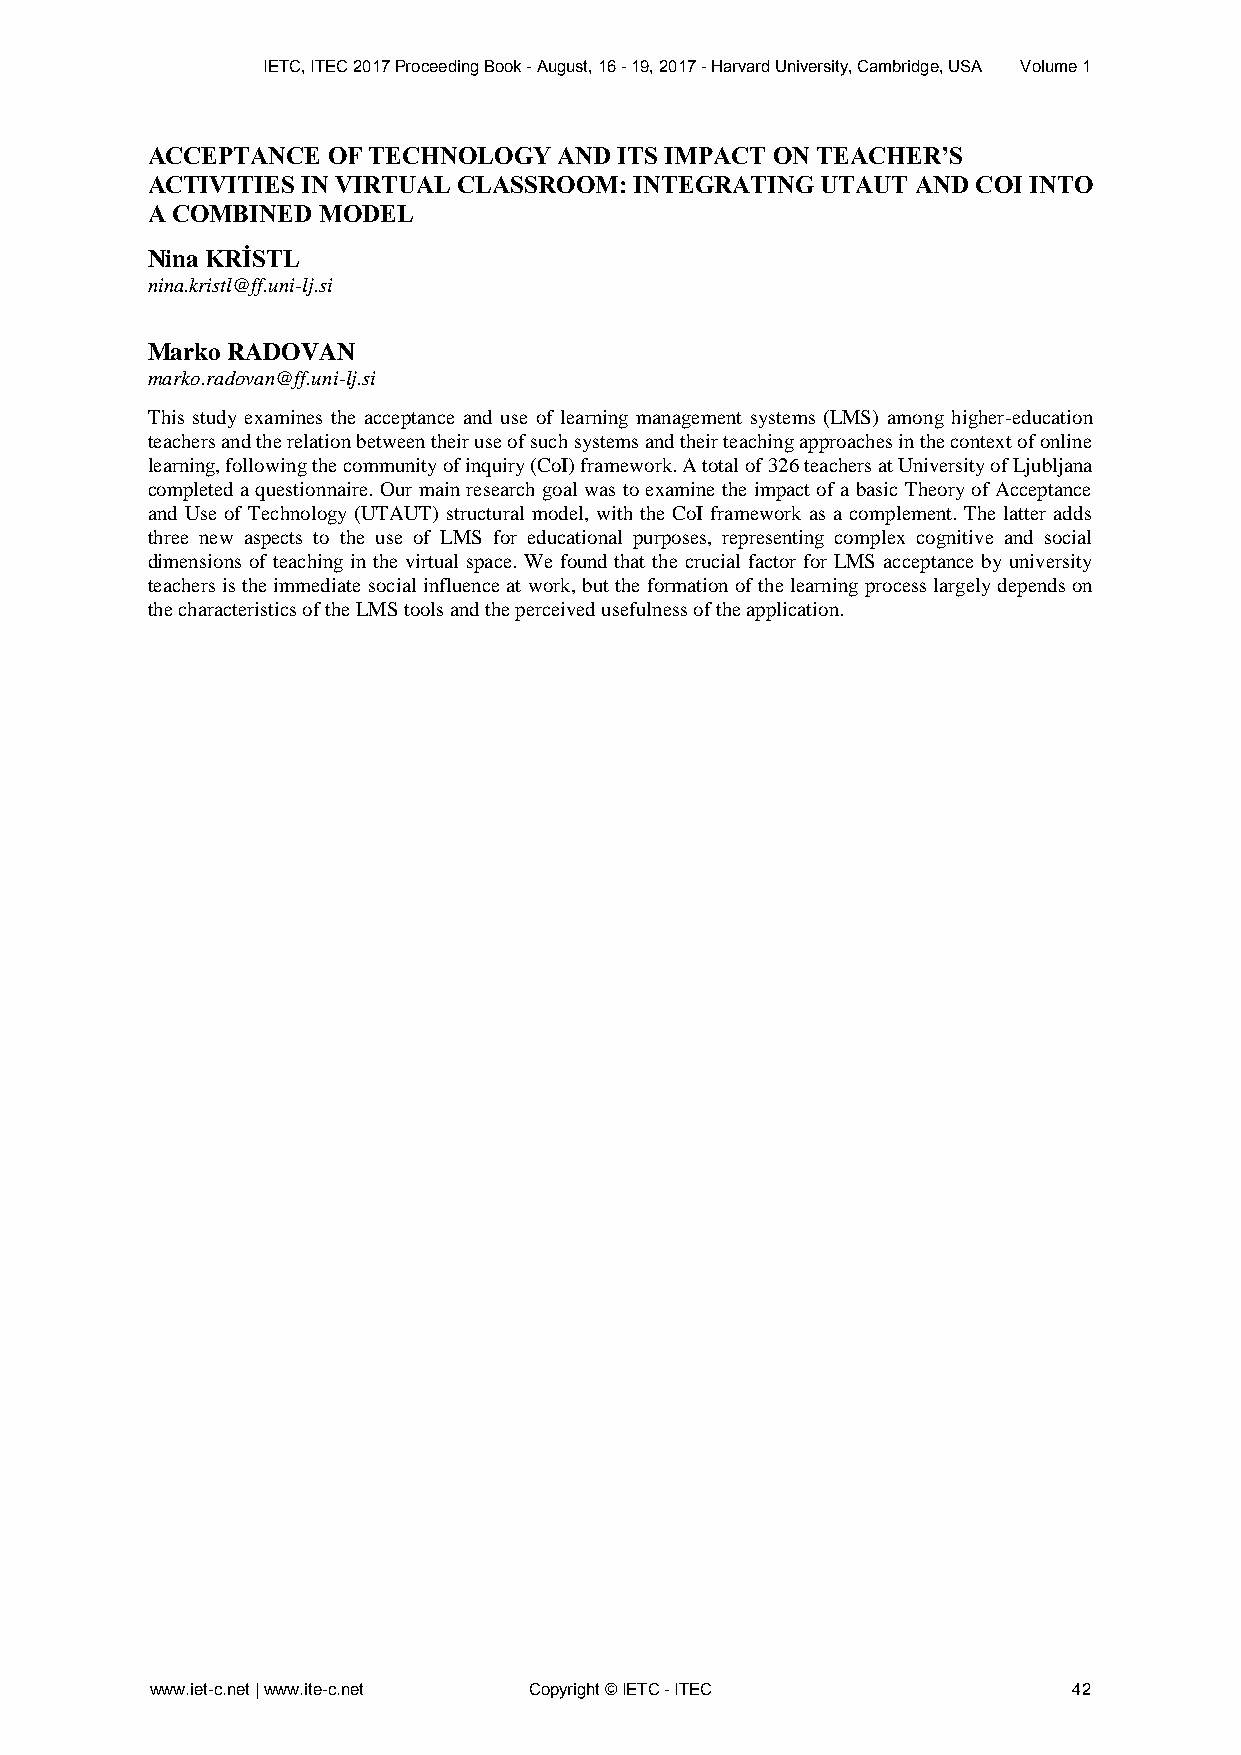
IETC, ITEC 2017 Proceeding Book - August, 16 - 19, 2017 - Harvard University, Cambridge, USA Volume 1
 ACCEPTANCE  OF TECHNOLOGY  AND ITS IMPACT ON TEACHER’S
 ACTIVITIES IN VIRTUAL CLASSROOM: INTEGRATING UTAUT AND COI INTO
 A COMBINED MODEL
 Nina KRİSTL
 nina.kristl@ff.uni-lj.si
 Marko RADOVAN
 marko.radovan@ff.uni-lj.si
 This study examines the acceptance and use of learning management systems (LMS) among higher-education
 teachers and the relation between their use of such systems and their teaching approaches in the context of online
 learning, following the community of inquiry (CoI) framework. A total of 326 teachers at University of Ljubljana
 completed a questionnaire. Our main research goal was to examine the impact of a basic Theory of Acceptance
 and Use of Technology (UTAUT) structural model, with the CoI framework as a complement. The latter adds
 three new aspects to the use of LMS for educational purposes, representing complex cognitive and social
 dimensions of teaching in the virtual space. We found that the crucial factor for LMS acceptance by university
 teachers is the immediate social influence at work, but the formation of the learning process largely depends on
 the characteristics of the LMS tools and the perceived usefulness of the application.
 www.iet-c.net | www.ite-c.net Copyright © IETC - ITEC        42